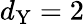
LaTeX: d_{\mathrm{Y}}=2